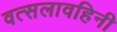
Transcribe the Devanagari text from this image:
वत्सलावहिनी